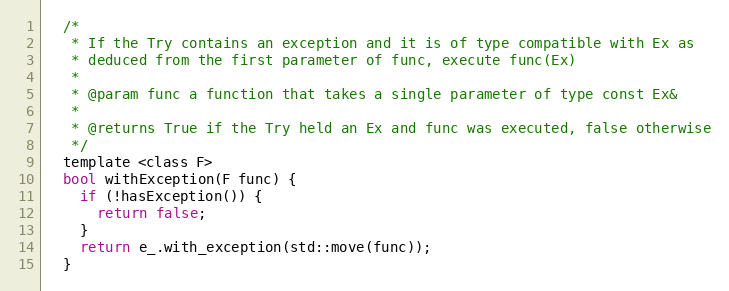
Language: C
  /*
   * If the Try contains an exception and it is of type compatible with Ex as
   * deduced from the first parameter of func, execute func(Ex)
   *
   * @param func a function that takes a single parameter of type const Ex&
   *
   * @returns True if the Try held an Ex and func was executed, false otherwise
   */
  template <class F>
  bool withException(F func) {
    if (!hasException()) {
      return false;
    }
    return e_.with_exception(std::move(func));
  }